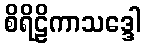
စိရိဠိကာသဒ္ဒေါ